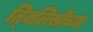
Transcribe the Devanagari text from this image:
त्बिलिसीच्या